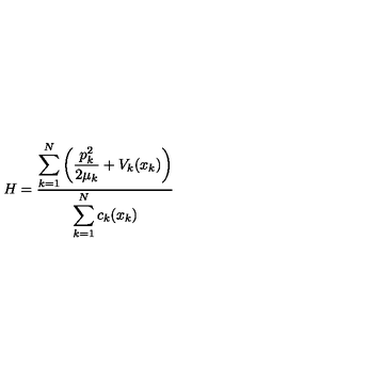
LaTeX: H = \frac { \displaystyle \sum _ { k = 1 } ^ { N } \left( \frac { p _ { k } ^ { 2 } } { 2 \mu _ { k } } + V _ { k } ( x _ { k } ) \right) } { \displaystyle \sum _ { k = 1 } ^ { N } c _ { k } ( x _ { k } ) }